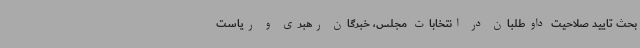
بحث تایید صلاحیت داوطلبان در انتخابات مجلس، خبرگان رهبری و ریاست